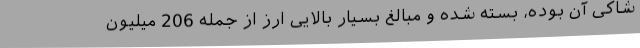
شاکی آن بوده‌، بسته شده و مبالغ بسیار بالایی ارز از جمله 206 میلیون